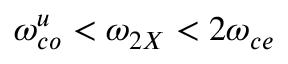
\omega _ { c o } ^ { u } < \omega _ { 2 X } < 2 \omega _ { c e }